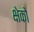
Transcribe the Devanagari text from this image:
क्षेको